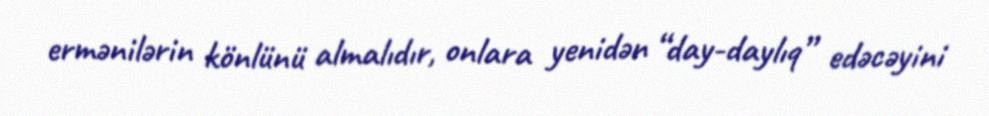
ermənilərin könlünü almalıdır, onlara yenidən “day-daylıq” edəcəyini